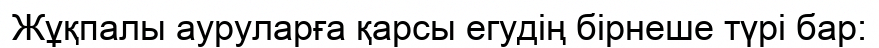
Жұқпалы ауруларға қарсы егудің бірнеше түрі бар: